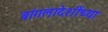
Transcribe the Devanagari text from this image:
बांगलादेशींच्या